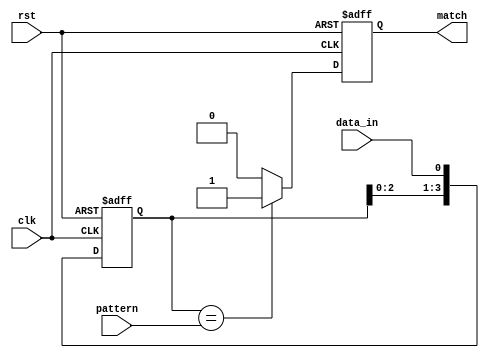
module pattern_detector #(
    parameter PATTERN_LENGTH = 4 // Length of the pattern to detect
)(
    input wire clk,               // Clock signal
    input wire rst,               // Reset signal
    input wire data_in,           // Input data stream
    input wire [PATTERN_LENGTH-1:0] pattern, // Pattern to detect
    output reg match              // Output signal indicating match
);

    // Flip-flops to store the input data
    reg [PATTERN_LENGTH-1:0] shift_reg;

    // Sequential logic for the flip-flops
    always @(posedge clk or posedge rst) begin
        if (rst) begin
            shift_reg <= 0; // Initialize shift register to 0 on reset
            match <= 0;     // Initialize match signal to 0
        end else begin
            shift_reg <= {shift_reg[PATTERN_LENGTH-2:0], data_in}; // Shift in the new data
            // Compare the shift register with the pattern
            if (shift_reg == pattern) begin
                match <= 1; // Set match high if pattern is detected
            end else begin
                match <= 0; // Reset match if no pattern is detected
            end
        end
    end

endmodule